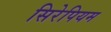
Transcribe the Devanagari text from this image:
सिरेपियम